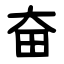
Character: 奋